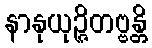
နာနုယုဉ္ဇိတဗ္ဗန္တိ